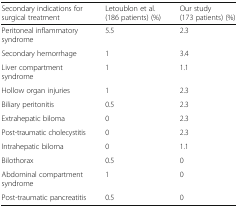
<table><thead><tr><td><b>Secondary indications for surgical treatment</b></td><td><b>Letoublon et al. (186 patients) (%)</b></td><td><b>Our study (173 patients) (%)</b></td></tr></thead><tbody><tr><td>Peritoneal inflammatory syndrome</td><td>5.5</td><td>2.3</td></tr><tr><td>Secondary hemorrhage</td><td>1</td><td>3.4</td></tr><tr><td>Liver compartment syndrome</td><td>1</td><td>1.1</td></tr><tr><td>Hollow organ injuries</td><td>1</td><td>2.3</td></tr><tr><td>Biliary peritonitis</td><td>0.5</td><td>2.3</td></tr><tr><td>Extrahepatic biloma</td><td>0</td><td>2.3</td></tr><tr><td>Post-traumatic cholecystitis</td><td>0</td><td>2.3</td></tr><tr><td>Intrahepatic biloma</td><td>0</td><td>1.1</td></tr><tr><td>Bilothorax</td><td>0.5</td><td>0</td></tr><tr><td>Abdominal compartment syndrome</td><td>1</td><td>0</td></tr><tr><td>Post-traumatic pancreatitis</td><td>0.5</td><td>0</td></tr></tbody></table>